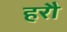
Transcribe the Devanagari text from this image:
हरौ